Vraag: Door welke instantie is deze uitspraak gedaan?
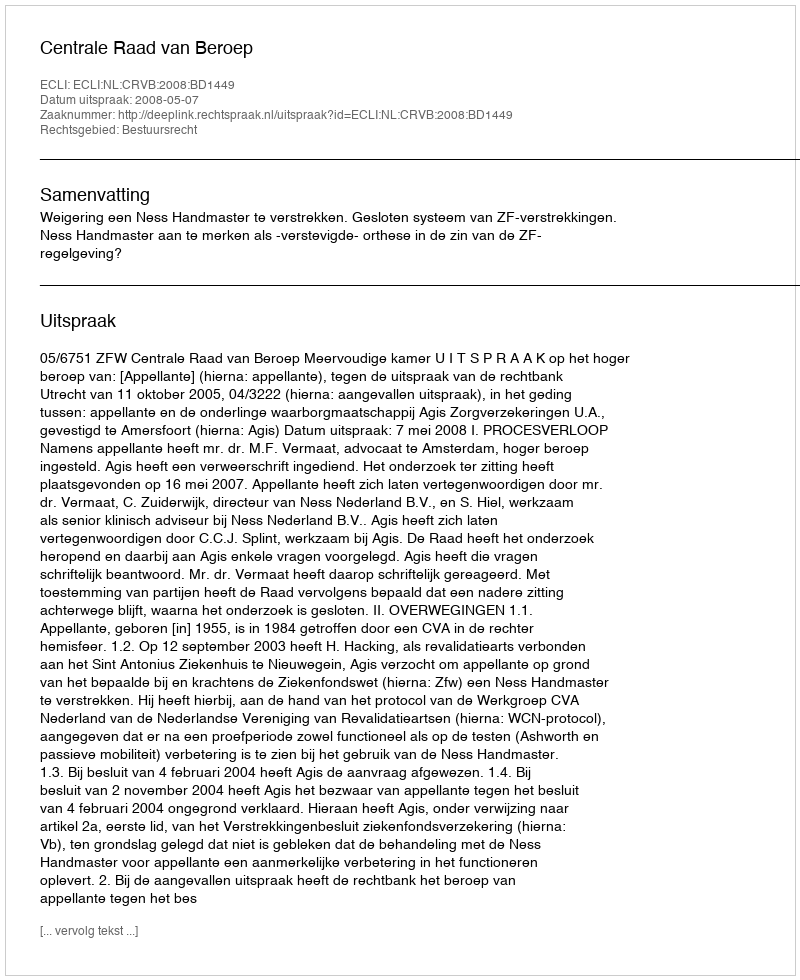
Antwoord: Centrale Raad van Beroep